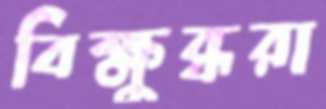
বিক্ষুব্ধরা